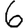
Digit: 6